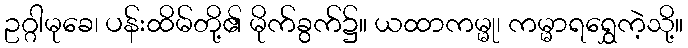
ဥဂ္ဂါမုခေ၊ ပန်းထိမ်တို့၏ မိုက်ခွက်၌။ ယထာကမ္မု၊ ကမ္မာရရွှေကဲ့သို့။